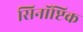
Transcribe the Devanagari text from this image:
सिनॉप्टिक